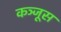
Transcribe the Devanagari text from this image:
कञ्जूस